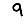
Digit: 9